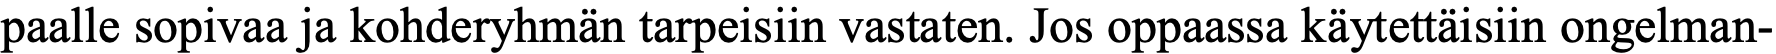
paalle sopivaa ja kohderyhmän tarpeisiin vastaten. Jos oppaassa käytettäisiin ongelman-